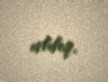
aldıq.